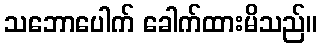
သဘောပေါက် ခေါက်ထားမိသည်။